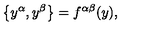
\bigl \{ y ^ { \alpha } , y ^ { \beta } \bigr \} = f ^ { \alpha \beta } ( y ) ,